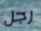
رجل